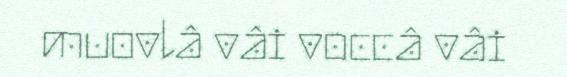
muovlâ vâi voccâ vâi